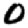
Digit: 0